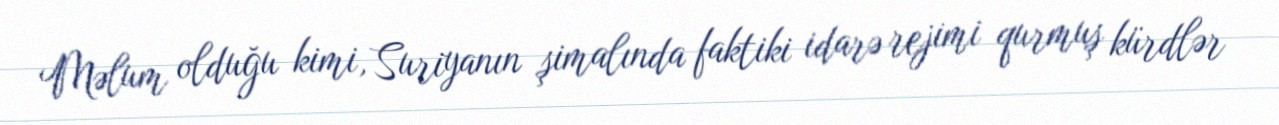
Məlum olduğu kimi, Suriyanın şimalında faktiki idarə rejimi qurmuş kürdlər